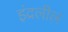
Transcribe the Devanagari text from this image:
इंद्रलील